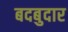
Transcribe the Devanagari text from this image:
बदबुदार